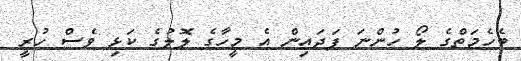
ބެހެމަތްގެ ލޯ ހުންނަ ފަދައިން އެ މީހާގެ ލޮލުގެ ކަޅި ވެސް ހުރީ